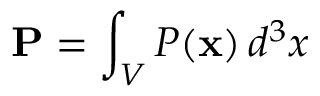
{ \bf P } = \int _ { V } { \cal P } ( { \bf x } ) \, d ^ { 3 } x